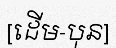
[ដើម-បុន]